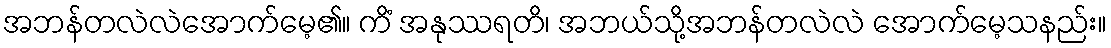
အဘန်တလဲလဲအောက်မေ့၏။ ကိံ အနုဿရတိ၊ အဘယ်သို့အဘန်တလဲလဲ အောက်မေ့သနည်း။